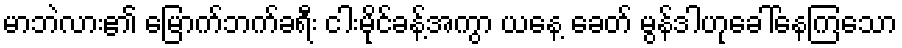
မာဘဲလား၏ မြောက်ဘက်ခရီး ငါးမိုင်ခန့်အကွာ ယနေ့ ခေတ် မွန်ဒါဟုခေါ်နေကြသော